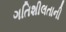
ગતિશીલતાની